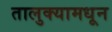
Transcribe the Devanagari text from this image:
तालुक्‍यामधून